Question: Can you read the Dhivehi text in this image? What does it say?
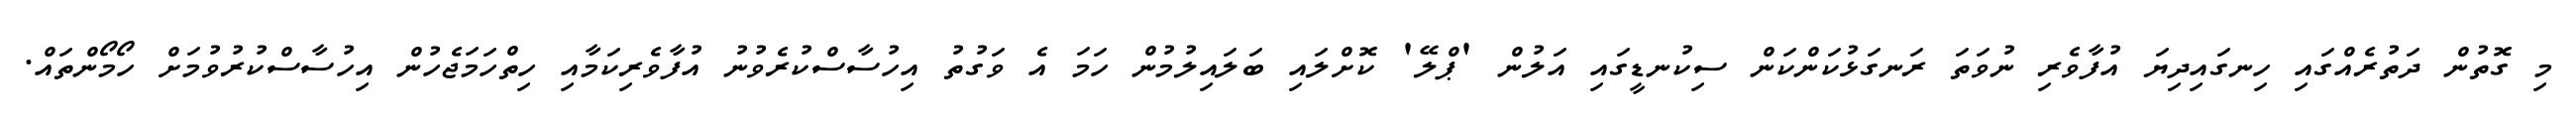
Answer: މި ގޮތުން ދަތުރެއްގައި ހިނގައިދިޔަ އުފާވެރި ނުވަތަ ރަނގަޅުކަންކަން ސިކުނޑީގައި އަލުން 'ޕްލޭ' ކޮށްލައި ބަލައިލުމުން ހަމަ އެ ވަގުތު އިހުސާސްކުރެވުނު އުފާވެރިކަމާއި ހިތްހަމަޖެހުން އިހުސާސްކުރުވުމަށް ހޯމޯންތައް.